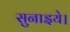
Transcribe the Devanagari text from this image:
सुनाइये।